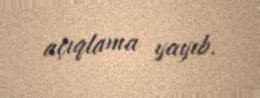
açıqlama yayıb.